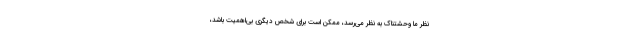
نظر ما وحشتناک به نظر می‌رسد، ممکن است برای شخص دیگری بی‌اهمیت باشد،